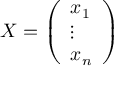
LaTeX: X = { \left( \begin{array} { l } { x _ { 1 } } \\ { \vdots } \\ { x _ { n } } \end{array} \right) } \quad